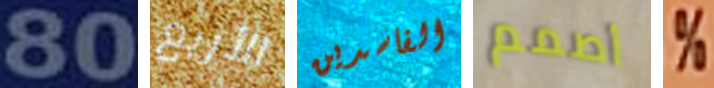
80 الأربع الفاسدين أصمم %